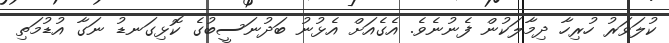
ކުލަވަރު ހުރިހާ ދިމާލަކުން ފެނުނެވެ. އެގެއަށް އެޅުނު ބަދުނަސީބުގެ ކޮޅިގަނޑު ނަގާ އުޑުމަތި